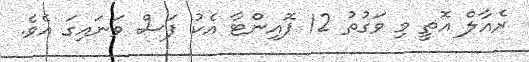
ރެއާލް އޮތީ މި ވަގުތު 12 ޕޮއިންޓާ އެކު ފަސް ވަނައިގަ އެވެ.